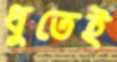
ধুতেই